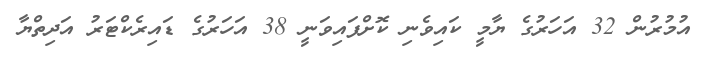
އުމުރުން 32 އަހަރުގެ ޔާމީ ކައިވެނި ކޮށްފައިވަނީ 38 އަހަރުގެ ޑައިރެކްޓަރު އަދިތްޔާ